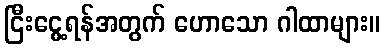
ငြီးငွေ့ရန်အတွက် ဟောသော ဂါထာများ။